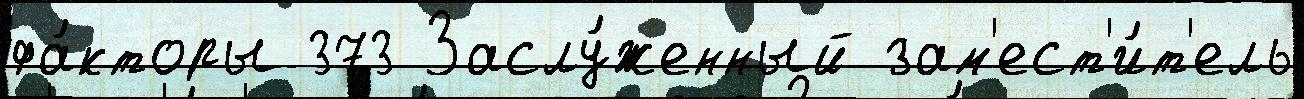
фа́кторы 373 Заслу́женный зам'ест'и́т'ель